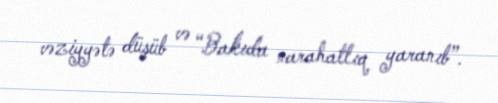
vəziyyətə düşüb və “Bakıda narahatlıq yaranıb”.